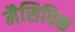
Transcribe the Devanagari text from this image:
मैसिपिक